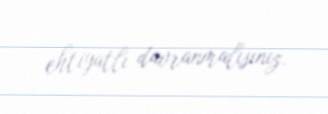
ehtiyatlı davranmalısınız.